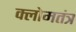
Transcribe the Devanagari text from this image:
क्लोमतंत्र